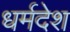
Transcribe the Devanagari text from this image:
धर्मदेश